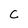
Character: c